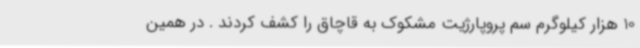
10 هزار کیلوگرم سم پروپارژیت مشکوک به قاچاق را کشف کردند . در همین